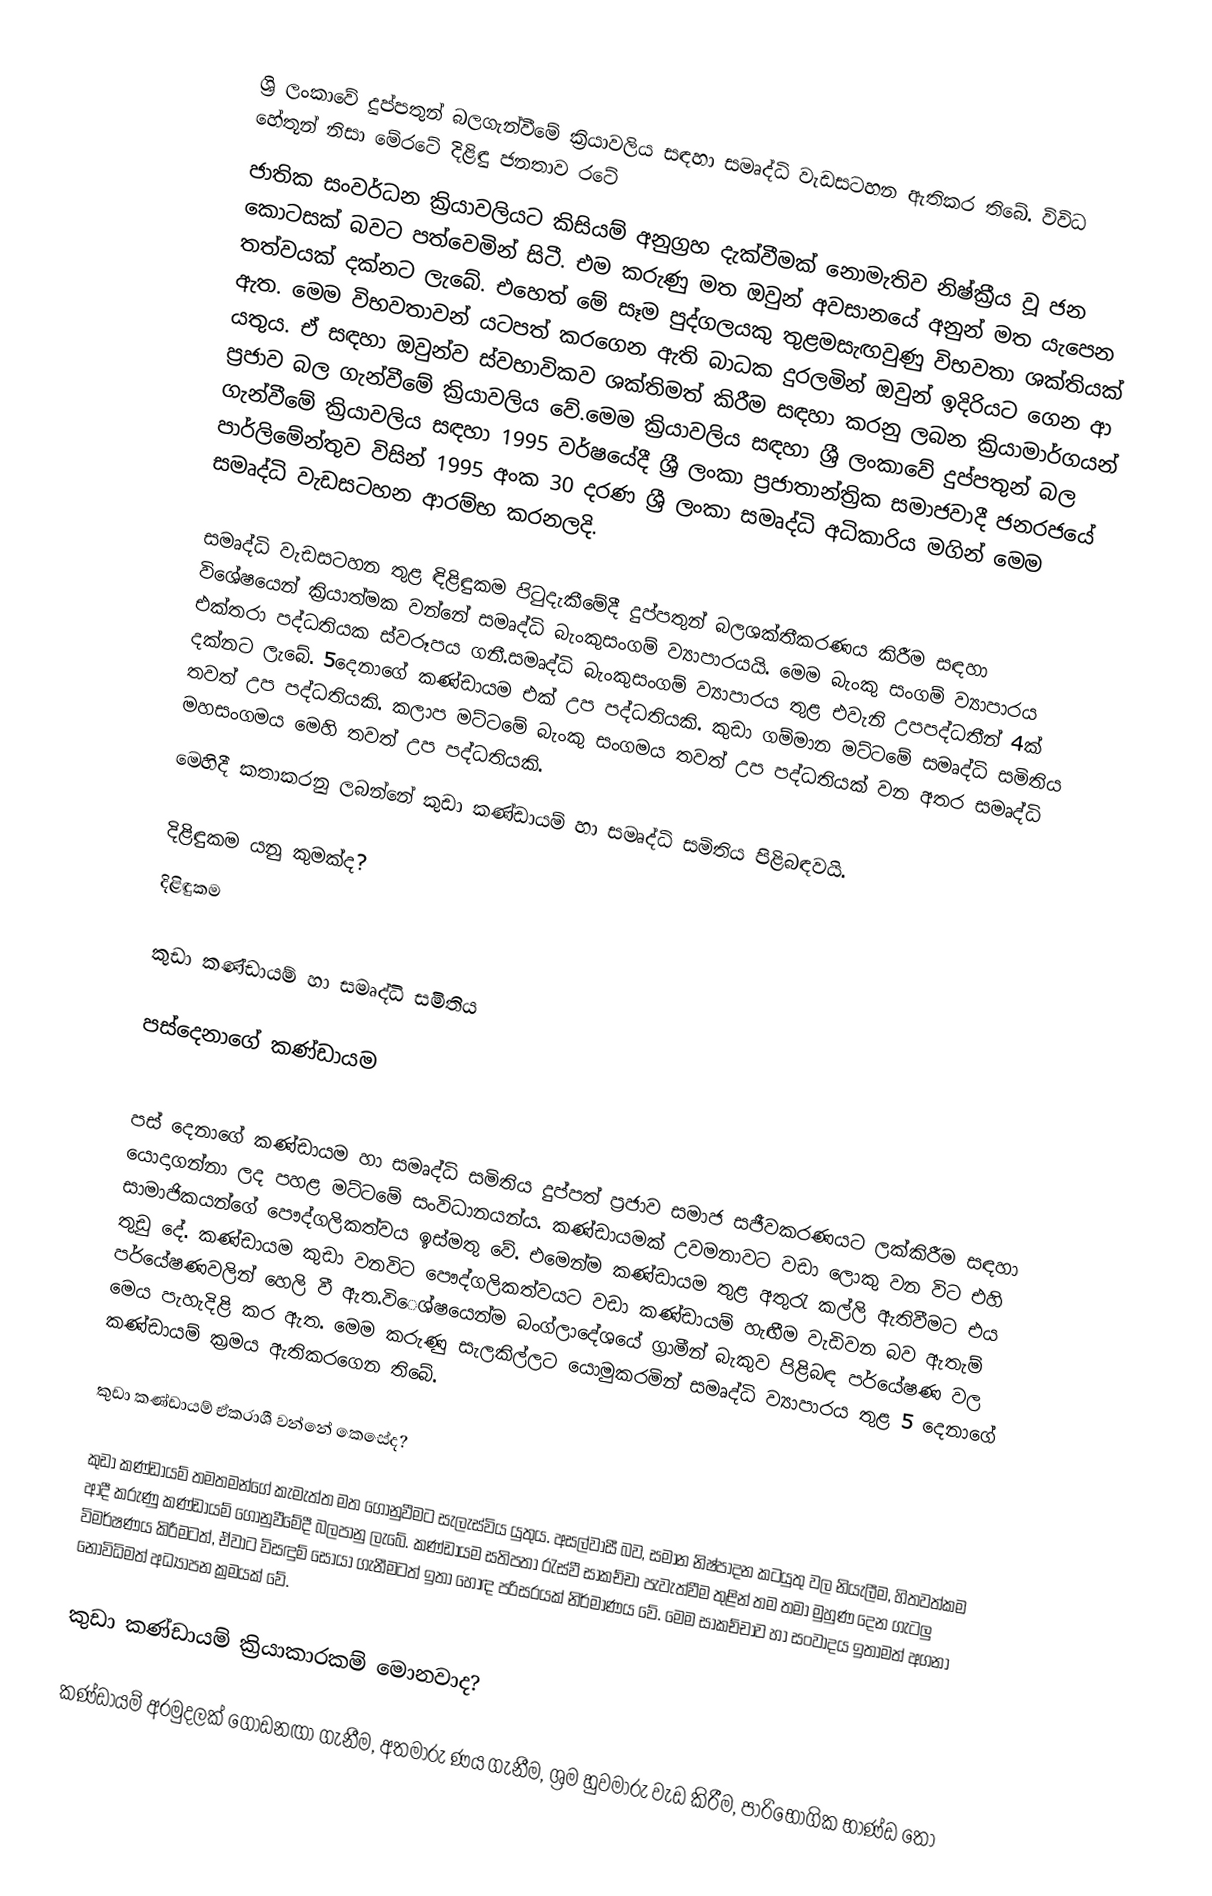
ශ්‍රි ලංකාවේ දුප්පතුන් බලගැන්වීමේ ක්‍රියාවලිය සඳහා සමෘද්ධි වැඩසටහන ඇතිකර තිබේ. විවිධ හේතූන් නිසා මේරටේ දිළිඳු ජනතාව රටේ
ජාතික සංවර්ධන ක්‍රියාවලියට  කිසියම් අනුග්‍රහ දැක්වීමක් නොමැතිව නිෂ්ක්‍රීය වූ ජන කොටසක් බවට පත්වෙමින් සිටී. එම කරුණු මත ඔවුන් අවසානයේ අනුන් මත යැපෙන තත්වයක් දක්නට ලැබේ. එහෙත් මේ සෑම පුද්ගලයකු තුළමසැඟවුණු විභවතා ශක්තියක් ඇත. මෙම විභවතාවන් යටපත් කරගෙන ඇති බාධක දුරලමින් ඔවුන් ඉදිරියට ගෙන ආ යතුය. ඒ සඳහා ඔවුන්ව ස්වභාවිකව ශක්තිමත් කිරීම සඳහා කරනු ලබන ක්‍රියාමාර්ගයන් ප්‍රජාව බල ගැන්වීමේ ක්‍රියාවලිය වේ.මෙම ක්‍රියාවලිය සඳහා ශ්‍රී ලංකාවේ දුප්පතුන් බල ගැන්වීමේ ක්‍රියාවලිය සඳහා 1995 වර්ෂයේදී ශ්‍රී ලංකා ප්‍රජාතාන්ත්‍රික සමාජවාදී ජනරජයේ පාර්ලිමේන්තුව විසින් 1995 අංක 30 දරණ ශ්‍රී ලංකා සමෘද්ධි අධිකාරිය මගින් මෙම සමෘද්ධි වැඩසටහන ආරම්භ කරනලදි.

සමෘද්ධි වැඩසටහන තුළ ඳිළිඳුකම පිටුදැකීමේදී දුප්පතුන් බලශක්තීකරණය කිරීම සඳහා විශේෂයෙන් ක්‍රියාත්මක වන්නේ සමෘද්ධි බැංකුසංගම් ව්‍යාපාරයයි. මෙම බැංකු සංගම් ව්‍යාපාරය එක්තරා පද්ධතියක ස්වරූපය ගනී.සමෘද්ධි බැංකුසංගම් ව්‍යාපාරය තුළ එවැනි උපපද්ධතීන් 4ක් දක්නට ලැබේ. 5දෙනාගේ කණ්ඩායම එක් උප පද්ධතියකි. කුඩා ගම්මාන මට්ටමේ සමෘද්ධි සමිතිය තවත් උප පද්ධතියකි. කලාප මට්ටමේ බැංකු සංගමය තවත් උප පද්ධතියක් වන අතර සමෘද්ධි මහසංගමය මෙහි තවත් උප පද්ධතියකි.
	මෙහිදී කතාකරනු ලබන්නේ කුඩා කණ්ඩායම් හා සමෘද්ධි සමිතිය පිළිබඳවයි.

දිළිඳුකම යනු කුමක්ද?
 දිළිඳුකම

කුඩා කණ්ඩායම් හා සමෘද්ධි සමිතිය

පස්දෙනාගේ කණ්ඩායම

පස් දෙනාගේ කණ්ඩායම හා සමෘද්ධි සමිතිය දුප්පත් ප්‍රජාව සමාජ සජීවකරණයට ලක්කිරීම සඳහා යොදාගන්නා ලද පහළ මට්ටමේ සංවිධානයන්ය. කණ්ඩායමක් උවමනාවට වඩා ලොකු වන විට එහි සාමාජිකයන්ගේ පෞද්ගලිකත්වය ඉස්මතු වේ. එමෙන්ම කණ්ඩායම තුළ අතුරැ කල්ලි ඇතිවීමට එය තුඩු දේ. කණ්ඩායම කුඩා වනවිට පෞද්ගලිකත්වයට වඩා කණ්ඩායම් හැඟීම වැඩිවන බව ඇතැම් පර්යේෂණවලින් හෙලි වී ඇත.විෙශ්ෂයෙන්ම බංග්ලාදේශයේ ග්‍රාමීන් බැකුව පිළිබඳ පර්යේෂණ වල මෙය පැහැදිළි කර ඇත. මෙම කරුණු සැලකිල්ලට යොමුකරමින් සමෘද්ධි ව්‍යාපාරය තුළ 5 දෙනාගේ කණ්ඩායම් ක්‍රමය ඇතිකරගෙන තිබේ.

කුඩා කණ්ඩායම් ඒකරාශී වන්නේ කෙසේද?

කුඩා කණ්ඩායම් තමතමන්ගේ කැමැත්ත මත ගොනුවීමට සැලැස්විය යුතුය. අසල්වාසී බව, සමාන නිෂ්පාදන කටයුතු වල නියැලීම, හිතවත්කම ආදී කරුණු කණ්ඩායම් ගොනුවීමේදී බලපානු ලැබේ. කණ්ඩායම සතිපතා රැස්වී සාකච්චා පැවැත්වීම තුළින් තම තමා මුහුණ දෙන ගැටලු විමර්ෂණය කිරීමටත්, ඒවාට විසඳුම් සොයා ගැනීමටත් ඉතා හොඳ පරිසරයක් නිර්මාණය වේ. මෙම සාකච්චාව හා සංවාදය ඉතාමත් අගනා නොවිධිමත් අධ්‍යාපන ක්‍රමයක් වේ.

කුඩා කණ්ඩායම් ක්‍රියාකාරකම් මොනවාද?

කණ්ඩායම් අරමුදලක් ගොඩනඟා ගැනීම, අතමාරු ණය ගැනීම, ශ්‍රම හුවමාරු වැඩ කිරීම, පාරිභෝගික භාණ්ඩ තො